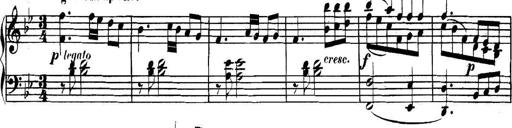
Title: Collected Piano Sonatas
Composer: Muzio Clementi